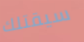
سيقتلك